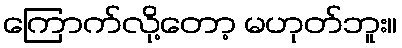
ကြောက်လို့တော့ မဟုတ်ဘူး။